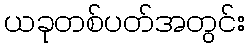
ယခုတစ်ပတ်အတွင်း